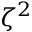
\zeta ^ { 2 }